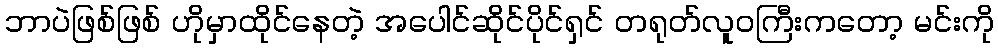
ဘာပဲဖြစ်ဖြစ် ဟိုမှာထိုင်နေတဲ့ အပေါင်ဆိုင်ပိုင်ရှင် တရုတ်လူဝကြီးကတော့ မင်းကို